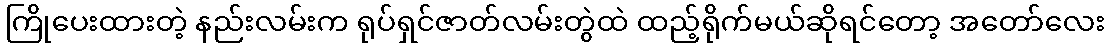
ကြိုပေးထားတဲ့ နည်းလမ်းက ရုပ်ရှင်ဇာတ်လမ်းတွဲထဲ ထည့်ရိုက်မယ်ဆိုရင်တော့ အတော်လေး